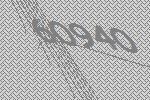
60940